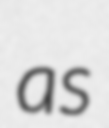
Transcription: as